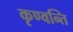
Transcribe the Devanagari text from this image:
कृण्वन्ति